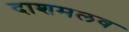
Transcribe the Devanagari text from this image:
दाशमलव